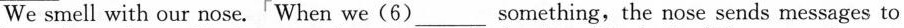
size. We smell with our nose.'When we(6)____something,the nose sends messages to